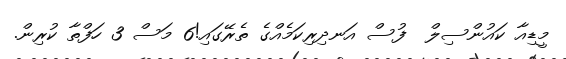
މީޑިއާ ކައުންސިލް  ފުސް އަނދިރިކަމެއްގެ ތެރޭގައި!6 މަސް 3 ހަފްތާ ކުރިން.